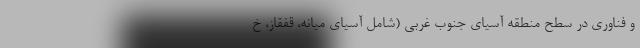
و فناوری در سطح منطقه آسیای جنوب غربی (شامل آسیای میانه، قفقاز، خ